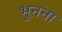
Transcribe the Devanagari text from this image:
भुनना